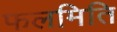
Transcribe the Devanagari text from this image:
फलमिति